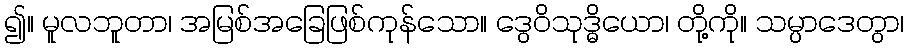
၍။ မူလဘူတာ၊ အမြစ်အခြေဖြစ်ကုန်သော။ ဒွေဝိသုဒ္ဓိယော၊ တို့ကို။ သမ္ပာဒေတွာ၊